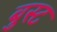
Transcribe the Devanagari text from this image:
बुस्ट